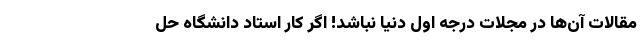
مقالات آن‌ها در مجلات درجه اول دنیا نباشد! اگر کار استاد دانشگاه حل